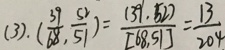
( 3 ) . ( \frac { 3 9 } { 6 8 } , \frac { 5 2 } { 5 1 } ) = \frac { ( 3 9 \cdot 5 2 ) } { [ 6 8 , 5 1 ] } = \frac { 1 3 } { 2 0 4 }